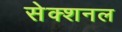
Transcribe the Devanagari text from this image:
सेक्शनल